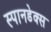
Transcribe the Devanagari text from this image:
स्पानडेक्स